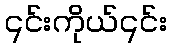
၎င်းကိုယ်၎င်း